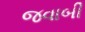
જવાબી